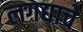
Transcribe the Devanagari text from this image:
लगद्याचे